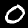
Label: 0